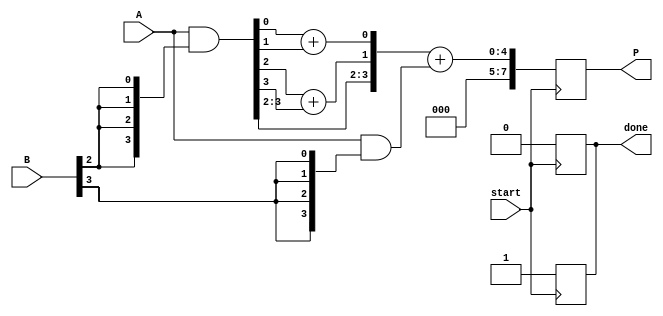
module async_wallace_tree_multiplier #(parameter N = 4) (
    input [N-1:0] A,
    input [N-1:0] B,
    input start,
    output reg [2*N-1:0] P,
    output reg done
);

    reg [N-1:0] partial_products[N-1:0];
    reg [2*N-1:0] sum [N-1:0];
    reg [N:0] carry [N-1:0];
    reg [N-1:0] enable;
    integer i, j;

    // Generate partial products
    always @(*) begin
        for (i = 0; i < N; i = i + 1) begin
            partial_products[i] = A & {N{B[i]}};
        end
    end

    // Wallace Tree Reduction
    always @(posedge start) begin
        // Initialize sums and carries
        for (i = 0; i < N; i = i + 1) begin
            sum[i] = {1'b0, partial_products[i]};
            carry[i] = 0;
        end

        // Asynchronous reduction process
        for (i = 0; i < N-1; i = i + 1) begin
            for (j = 0; j < (N + 1) / 2; j = j + 1) begin
                if (j < N/2) begin
                    {carry[i][j], sum[i][j]} = sum[i][2*j] + sum[i][2*j+1];
                end
            end
        end

        // Final addition of the last two rows
        P = sum[N-2] + sum[N-1];
        done = 1'b1; // Indicate completion
    end

    // Reset done signal
    always @(negedge start) begin
        done = 1'b0;
    end

endmodule